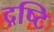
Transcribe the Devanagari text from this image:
द़ष्टि